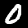
Label: 0